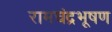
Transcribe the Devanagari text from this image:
रामचंद्रभूषण